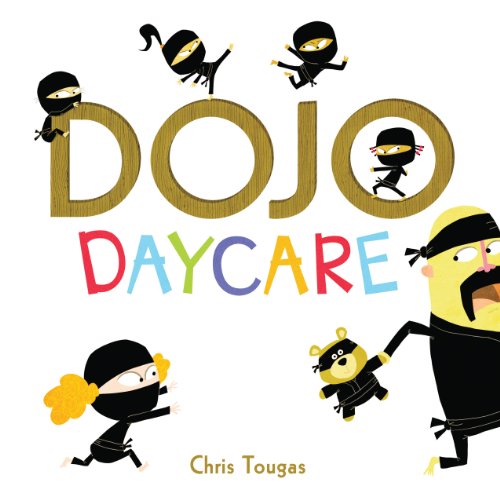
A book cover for Dojo Daycare; Children's Books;